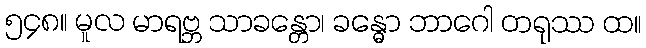
၅၄၈။ မူလ မာရဗ္ဘ သာခန္တော၊ ခန္ဓော ဘာဂေါ တရုဿ ထ။